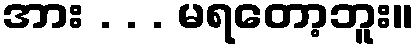
အား . . . မရတော့ဘူး။